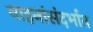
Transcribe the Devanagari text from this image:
वाहनांसंदर्भात